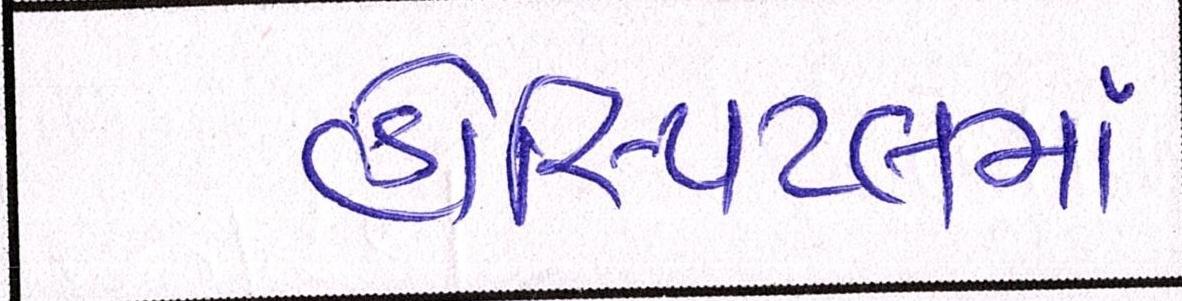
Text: હોસ્પિટલમાં